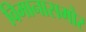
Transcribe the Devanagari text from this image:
विमानासमोर